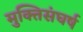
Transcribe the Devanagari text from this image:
मुक्तिसंघर्ष